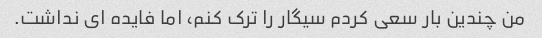
من چندین بار سعی کردم سیگار را ترک کنم، اما فایده ای نداشت.